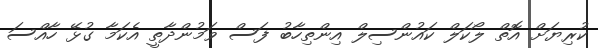
ކުރިޔަށް އޮތް ލޯކަލް ކައުންސިލް އިންތިހާބު ފަސް ވަމުންދާތީ އެކަމާ ގުޅޭ ހާއްސަ